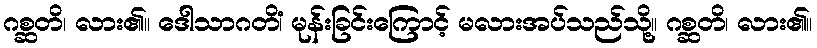
ဂစ္ဆတိ၊ လား၏။ ဒေါသာဂတိံ၊ မုန်းခြင်းကြောင့် မလားအပ်သည်သို့။ ဂစ္ဆတိ၊ လား၏။